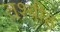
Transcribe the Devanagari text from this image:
तश्बीह